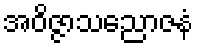
အဝိဇ္ဇာသညောဇနံ